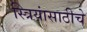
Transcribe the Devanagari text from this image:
स्त्रियांसाठीचे